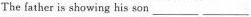
The íather is showing his son ___ ___